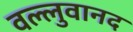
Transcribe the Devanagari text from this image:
वल्लुवानद